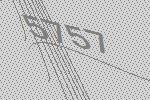
5757